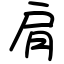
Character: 肩